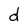
Character: d